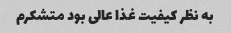
به نظر کیفیت غذا عالی بود متشکرم